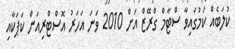
ކުލަބެއް ކަމުގައިވާ ސްޓާމް ގްރޭޒް އަށް 2010 ވަނަ އަހަރު އޮސްޓްރިއަން ކަޕަކާއި